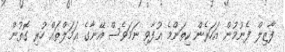
ފާޒިލް ފެނުމުން އަހަރެން ކިތަންމެ އުފާވި ނަމަވެސް އޭނާގެ ޢަމަލްތައް ހުރި ގޮތުން